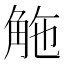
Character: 𧣟